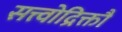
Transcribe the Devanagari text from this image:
सत्त्वोद्रिक्तौ